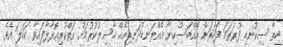
ހިތާ ސިކުނޑި ފުރަތަމަ ފަހަރަށް އެއްބަސްކިޔާ އެއްލަނޑުދަނޑިއެއް ހާސިލުކުރުމަށް އަތްކުރިއޮޅާލާފައިވާ ކަހަލަ އެވެ.